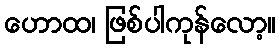
ဟောထ၊ ဖြစ်ပါကုန်လော့။